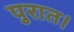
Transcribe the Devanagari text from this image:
पुरात।